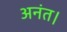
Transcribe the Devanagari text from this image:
अनंत।